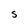
Character: S